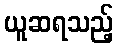
ယူဆရသည့်